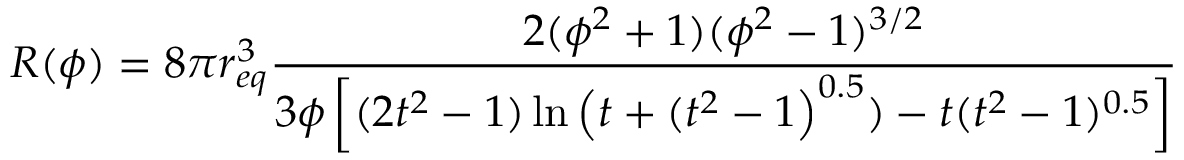
R ( \phi ) = 8 \pi r _ { e q } ^ { 3 } \frac { 2 ( \phi ^ { 2 } + 1 ) ( \phi ^ { 2 } - 1 ) ^ { 3 / 2 } } { 3 \phi \left[ ( 2 t ^ { 2 } - 1 ) \ln \left( t + ( t ^ { 2 } - 1 \right) ^ { 0 . 5 } ) - t ( t ^ { 2 } - 1 ) ^ { 0 . 5 } \right] }